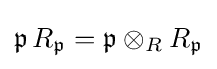
{\mathfrak {p}}\,R_{\mathfrak {p}}={\mathfrak {p}}\otimes _{R}R_{\mathfrak {p}}